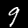
Digit: 9